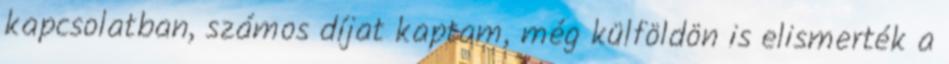
kapcsolatban, számos díjat kaptam, még külföldön is elismerték a